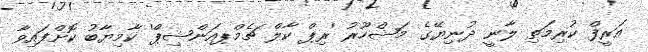
އަރީފް ކުރިމަތި ލާނީ ދުނިޔޭގެ މަޝްހޫރު 'ރިޕް ކާލް ޗެމްޕއަންޝިޕް' ކާމިޔާބު ކޮށްފައިވާ